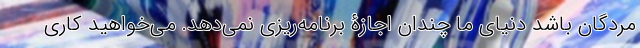
مردگان باشد دنیای ما چندان اجازۀ برنامه‌ریزی نمی‌دهد. می‌خواهید کاری